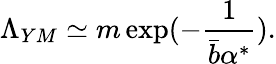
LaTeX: \Lambda_{YM}\simeq m\exp(-\frac{1}{\bar{b}\alpha^{*}}).